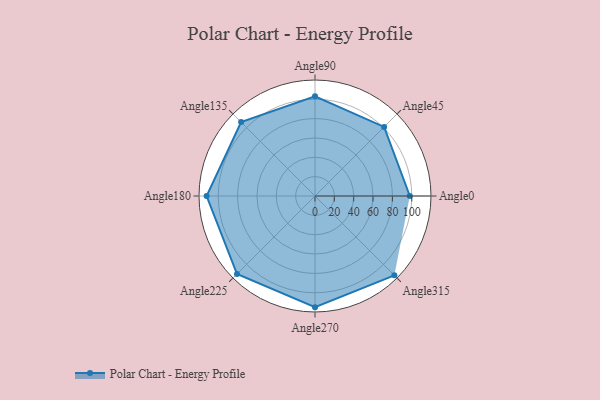
{"axis": {"x": "Angle", "y": "Radius"}, "legend": [""], "data": [{"x": "Angle0", "y": 98.0, "type": ""}, {"x": "Angle45", "y": 101.0, "type": ""}, {"x": "Angle90", "y": 103.0, "type": ""}, {"x": "Angle135", "y": 108.0, "type": ""}, {"x": "Angle180", "y": 112.0, "type": ""}, {"x": "Angle225", "y": 114.0, "type": ""}, {"x": "Angle270", "y": 115.0, "type": ""}, {"x": "Angle315", "y": 116.0, "type": ""}]}